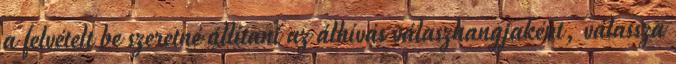
a felvételt be szeretné állítani az álhívás válaszhangjaként, válassza